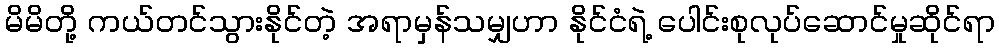
မိမိတို့ ကယ်တင်သွားနိုင်တဲ့ အရာမှန်သမျှဟာ နိုင်ငံရဲ့ ပေါင်းစုလုပ်ဆောင်မှုဆိုင်ရာ